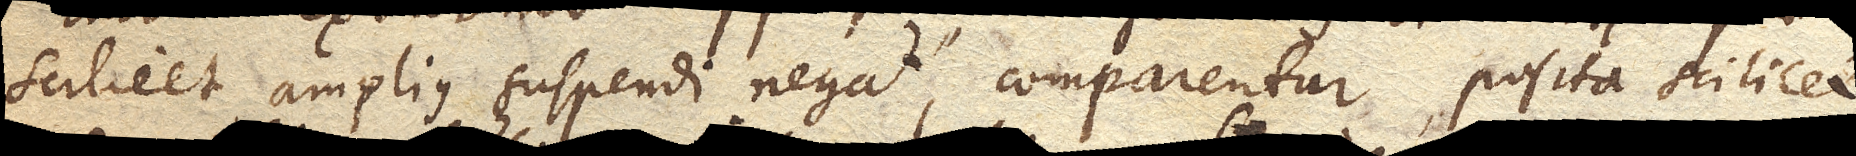
scilicet amplius suspendi negat comparentur, posita scilicet